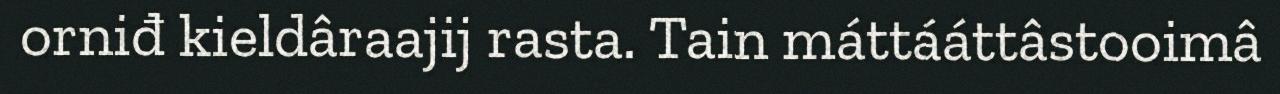
orniđ kieldâraajij rasta. Tain máttááttâstooimâ